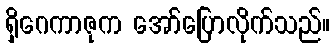
ရှိဂေကာဇုက အော်ပြောလိုက်သည်။